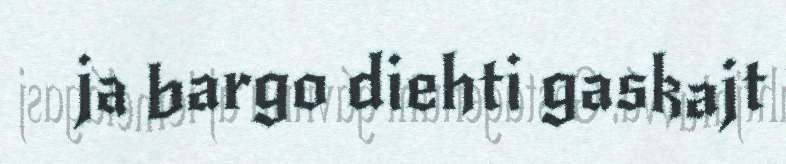
ja bargo diehti gaskajt